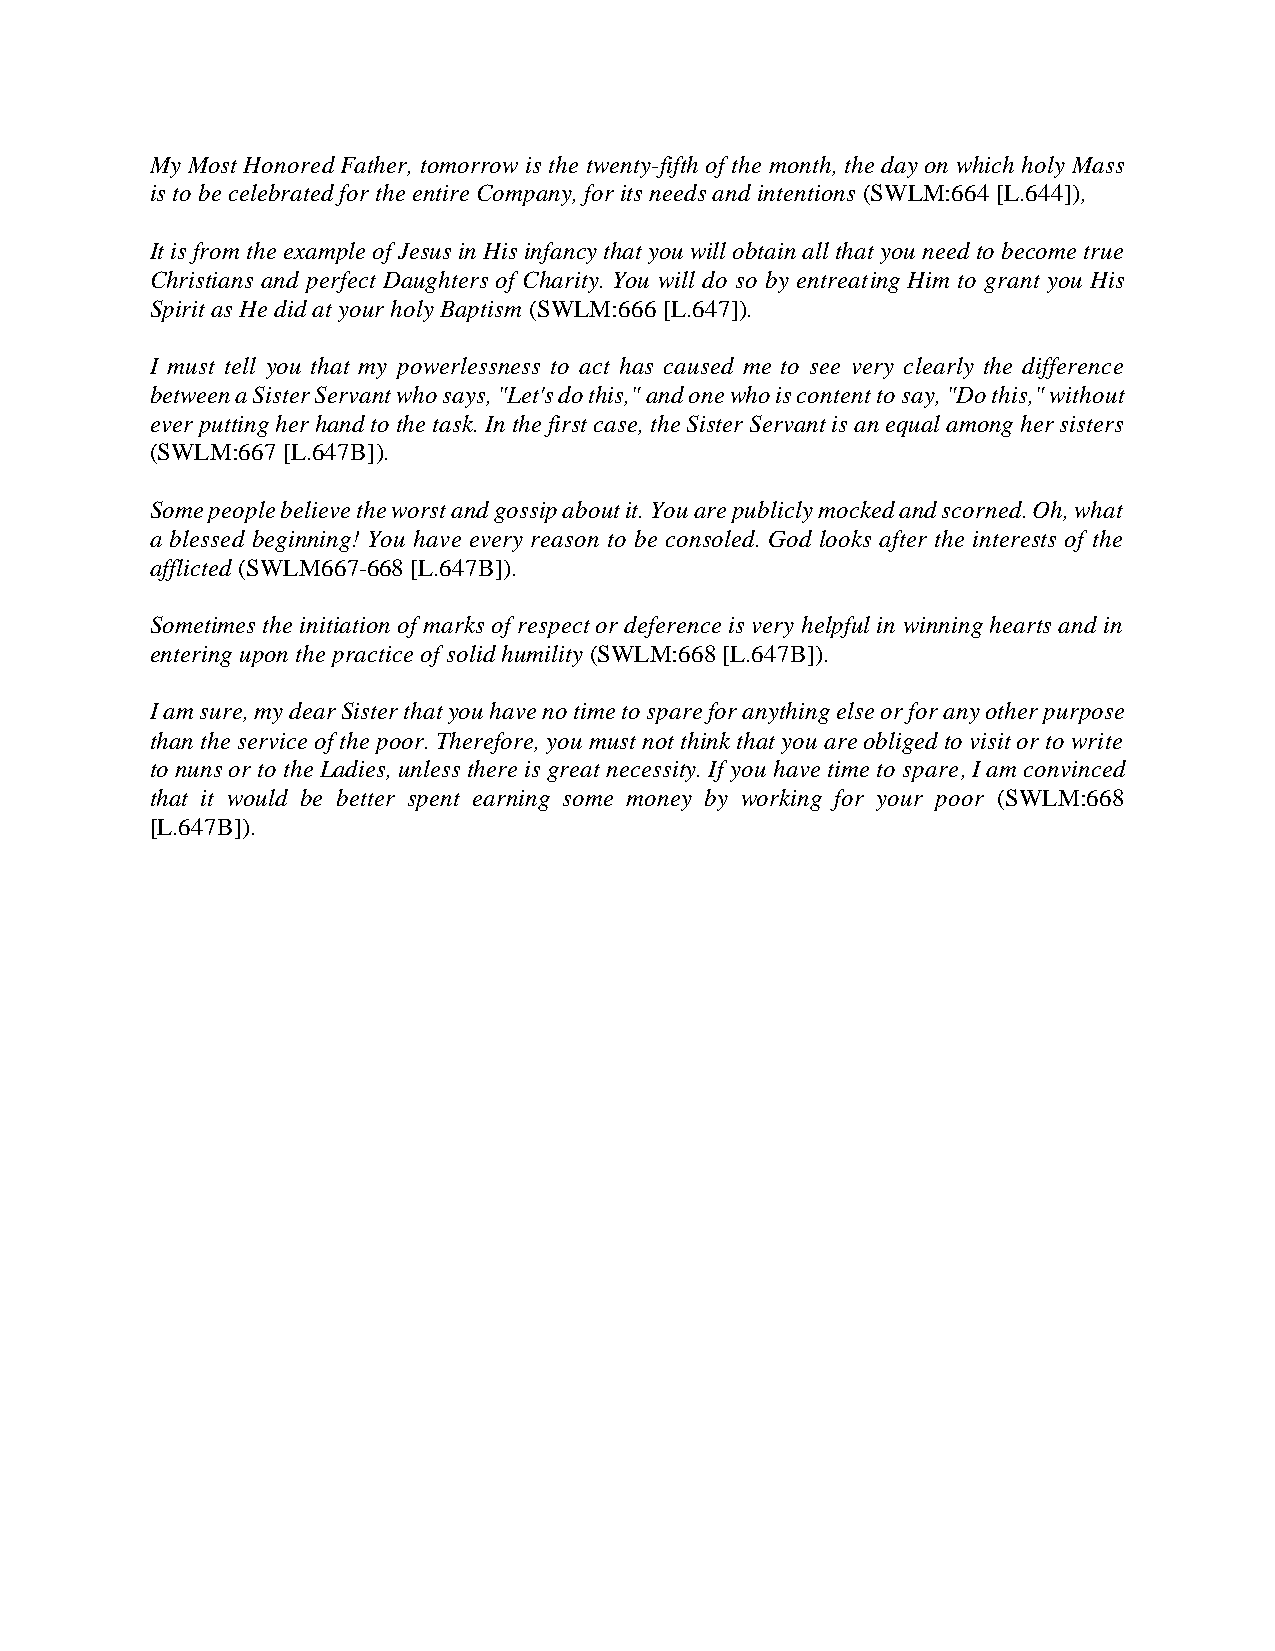
My Most Honored Father, tomorrow is the twenty-fifth of the month, the day on which holy Mass
 is to be celebrated for the entire Company, for its needs and intentions (SWLM:664 [L.644]),
 It is from the example of Jesus in His infancy that you will obtain all that you need to become true
 Christians and perfect Daughters of Charity. You will do so by entreating Him to grant you His
 Spirit as He did at your holy Baptism (SWLM:666 [L.647]).
 I must tell you that my powerlessness to act has caused me to see very clearly the difference
 between a Sister Servant who says, "Let's do this," and one who is content to say, "Do this," without
 ever putting her hand to the task. In the first case, the Sister Servant is an equal among her sisters
 (SWLM:667 [L.647B]).
 Some people believe the worst and gossip about it. You are publicly mocked and scorned. Oh, what
 a blessed beginning! You have every reason to be consoled. God looks after the interests of the
 afflicted (SWLM667-668 [L.647B]).
 Sometimes the initiation of marks of respect or deference is very helpful in winning hearts and in
 entering upon the practice of solid humility (SWLM:668 [L.647B]).
 I am sure, my dear Sister that you have no time to spare for anything else or for any other purpose
 than the service of the poor. Therefore, you must not think that you are obliged to visit or to write
 to nuns or to the Ladies, unless there is great necessity. If you have time to spare, I am convinced
 that it would be better spent earning some money by working for your poor (SWLM:668
 [L.647B]).